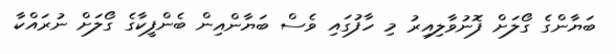
ބަޔާންގެ ގޯލަށް ފޮނުވާލިއިރު މި ހާފުގައި ވެސް ބަޔާންއިން ބެންފީކާގެ ގޯލަށް ނުރައްކާ